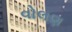
વોલણ